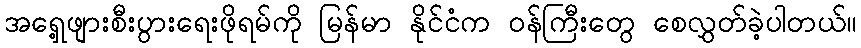
အရှေ့ဖျားစီးပွားရေးဖိုရမ်ကို မြန်မာ နိုင်ငံက ဝန်ကြီးတွေ စေလွှတ်ခဲ့ပါတယ်။